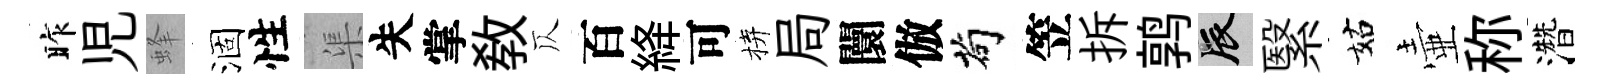
昨児蜂涸性渠失掌敎仄百絳可拚局闤倣茍笠拆鹑辰繄姑壷称濳